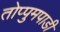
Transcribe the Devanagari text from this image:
तोप्पुमपाडी